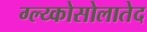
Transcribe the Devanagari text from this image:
ग्ल्य्कोसोलातेद